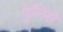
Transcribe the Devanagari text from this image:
पुलिसे